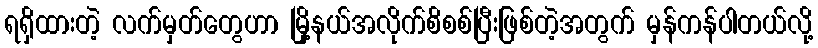
ရရှိထားတဲ့ လက်မှတ်တွေဟာ မြို့နယ်အလိုက်စိစစ်ပြီးဖြစ်တဲ့အတွက် မှန်ကန်ပါတယ်လို့